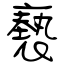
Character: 褻